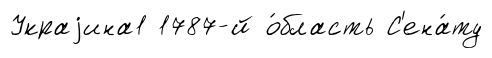
Украjина1 1787-й о́бласть С'ена́ту